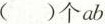
（）个ab